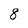
Character: 8